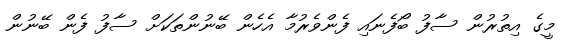
މީގެ އިތުރުން ސާފު ބޯފެނައި ފެންވެރުމާ އެހެން ބޭނުންތަކަށް ސާފު ފެން ބޭނުން